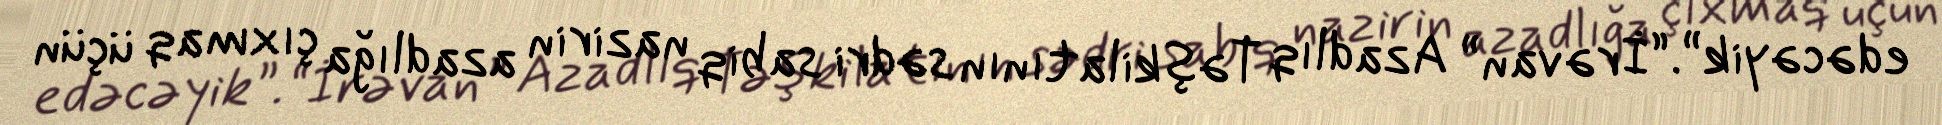
edəcəyik”.“İrəvan” Azadlıq Təşkilatının sədri sabiq nazirin azadlığa çıxmaq üçün